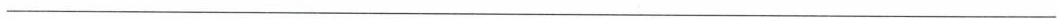
___